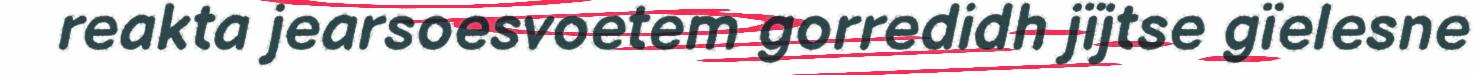
reakta jearsoesvoetem gorredidh jïjtse gïelesne